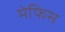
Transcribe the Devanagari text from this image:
मेफिस